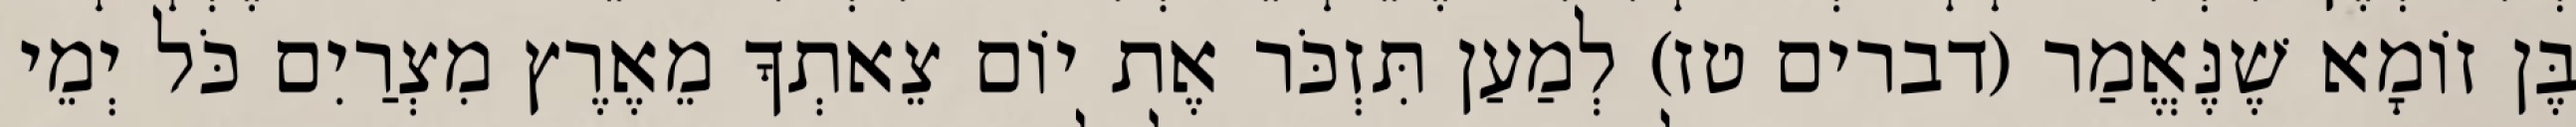
בֶּן זוֹמָא שֶׁנֶּאֱמַר (דברים טז) לְמַעַן תִּזְכֹּר אֶת יוֹם צֵאתְךָ מֵאֶרֶץ מִצְרַיִם כֹּל יְמֵי